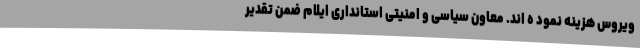
ویروس هزینه نمود ه اند. معاون سیاسی و امنیتی استانداری ایلام ضمن تقدیر